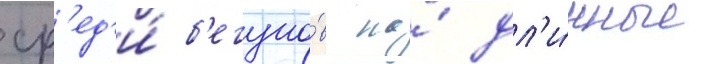
ср'ед'и́ б'егуно́в на́ дл'и́нные